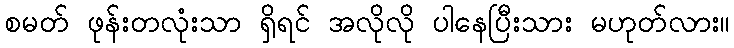
စမတ် ဖုန်းတလုံးသာ ရှိရင် အလိုလို ပါနေပြီးသား မဟုတ်လား။